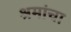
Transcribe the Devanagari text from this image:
श्रमांचा